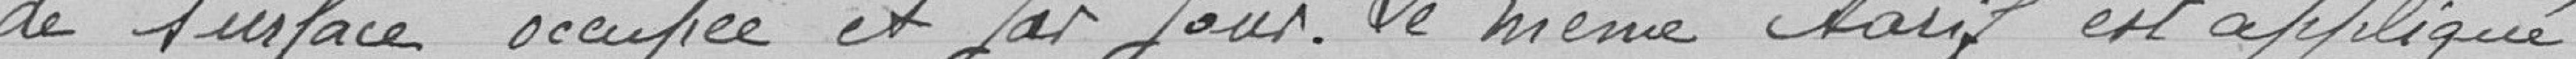
de surface occupée et par jour. Le même tarif est appliqué